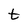
Character: t